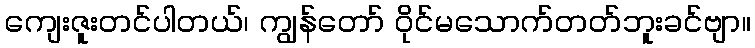
ကျေးဇူးတင်ပါတယ်၊ ကျွန်တော် ဝိုင်မသောက်တတ်ဘူးခင်ဗျာ။